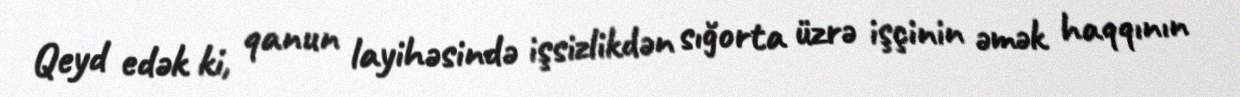
Qeyd edək ki, qanun layihəsində işsizlikdən sığorta üzrə işçinin əmək haqqının